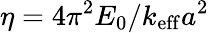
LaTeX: \eta=4\pi^{2}E_{0}/k_{\mathrm{eff}}a^{2}